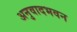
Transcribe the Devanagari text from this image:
अनुवादभवन